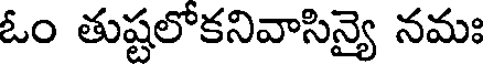
ఓం తుష్టలోకనివాసిన్యై నమః